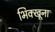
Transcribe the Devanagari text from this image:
भिक्खूना